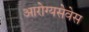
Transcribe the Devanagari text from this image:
आरोग्यसेवेस